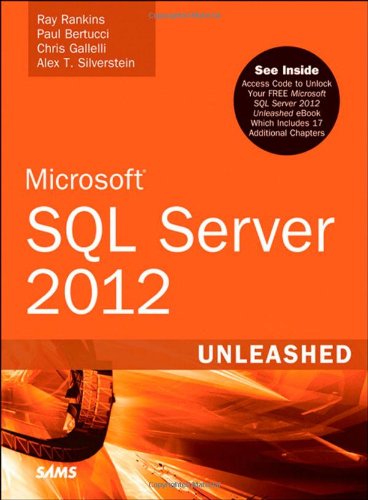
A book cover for Microsoft SQL Server 2012 Unleashed; Ray Rankins; Computers & Technology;